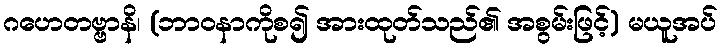
ဂဟေတဗ္ဗာနိ၊ (ဘာဝနာကိုစ၍ အားထုတ်သည်၏ အစွမ်းဖြင့်) မယူအပ်